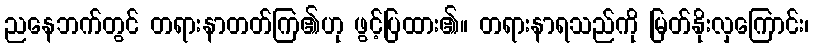
ညနေဘက်တွင် တရားနာတတ်ကြ၏ဟု ဖွင့်ပြထား၏။ တရားနာရသည်ကို မြတ်နိုးလှကြောင်း၊